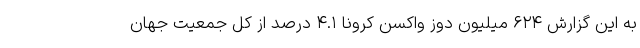
به این گزارش ۶۲۴ میلیون دوز واکسن کرونا ۴.۱ درصد از کل جمعیت جهان